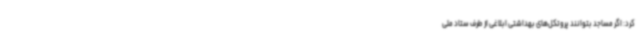
کرد: اگر مساجد بتوانند پروتکل‌های بهداشتی ابلاغی از طرف ستاد ملی